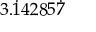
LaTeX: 3 . { \dot { 1 } } 4 2 8 5 { \dot { 7 } }